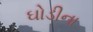
ઘોડીના